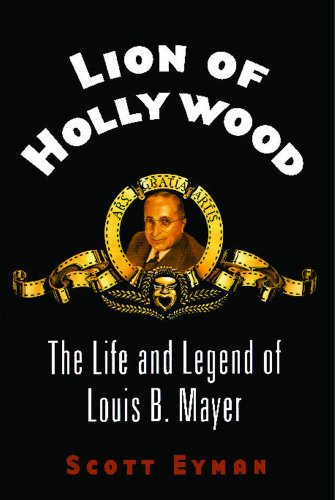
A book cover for Lion of Hollywood: The Life and Legend of Louis B. Mayer; Scott Eyman; Biographies & Memoirs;